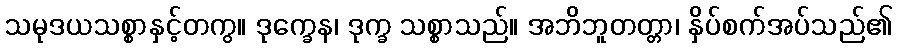
သမုဒယသစ္စာနှင့်တကွ။ ဒုက္ခေန၊ ဒုက္ခ သစ္စာသည်။ အဘိဘူတတ္တာ၊ နှိပ်စက်အပ်သည်၏